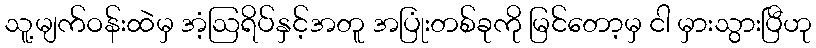
သူ့မျက်ဝန်းထဲမှ အံ့ဩရိပ်နှင့်အတူ အပြုံးတစ်ခုကို မြင်တော့မှ ငါ မှားသွားပြီဟု